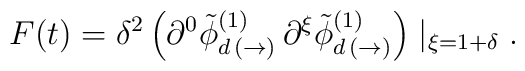
F(t) = \delta^{2} \left( \partial^{0} \tilde{\phi}^{(1)}_{d \, ( \rightarrow) }\, \partial^{\xi} \tilde{\phi}^{(1)}_{d \, (\rightarrow)} \right) \mid_{\xi = 1 + \delta}.